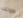
طولك